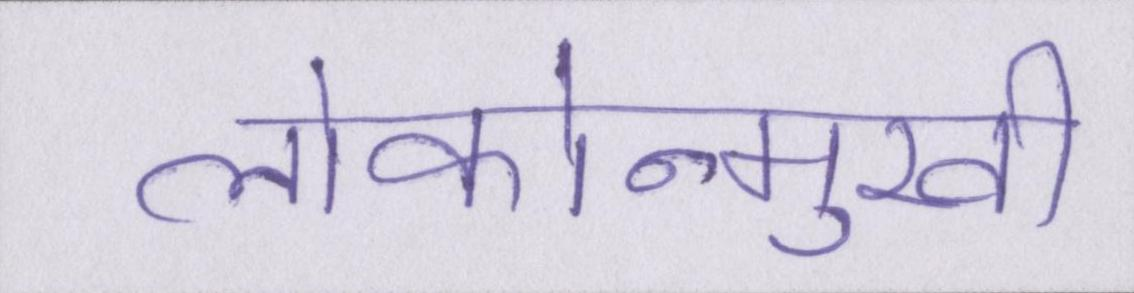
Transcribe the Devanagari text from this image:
लोकोन्मुखी